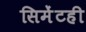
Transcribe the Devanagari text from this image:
सिमेंटही